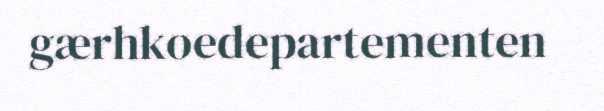
gærhkoedepartementen